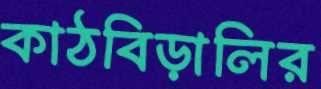
কাঠবিড়ালির